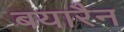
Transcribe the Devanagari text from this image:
बयारैन